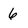
Character: 6